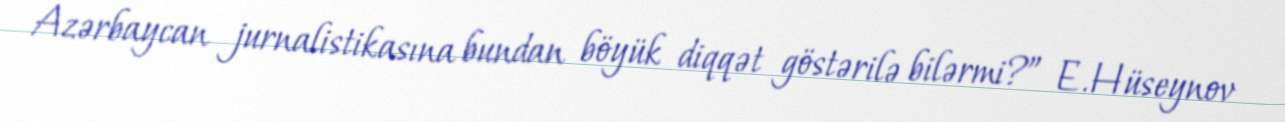
Azərbaycan jurnalistikasına bundan böyük diqqət göstərilə bilərmi?” E.Hüseynov